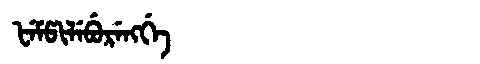
Manchu: ᡶᡝᠮᡦᡳᠯᡝᠪᡠᡵᡝᠩᡤᡝ
Romanization: FEMPILEBURENGGE